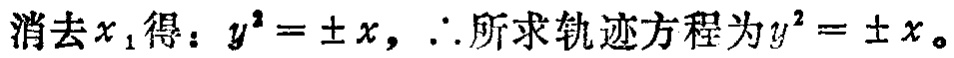
消去\(x_1\)得：\(y^{2}=\pm x\)，\(\therefore\)所求轨迹方程为\(y^{2}=\pm x\)。